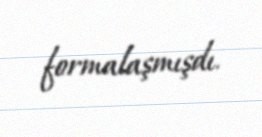
formalaşmışdı.